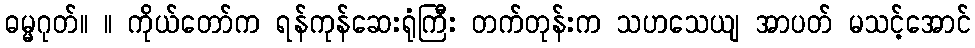
ဓမ္မဂုတ်။ ။ ကိုယ်တော်က ရန်ကုန်ဆေးရုံကြီး တက်တုန်းက သဟသေယျ အာပတ် မသင့်အောင်